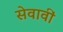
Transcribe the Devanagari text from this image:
सेवावीं